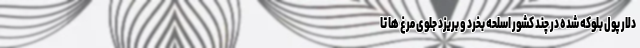
دلار پول بلوکه شده در چند کشور اسلحه بخرد و بریزد جلوی مرغ ها تا